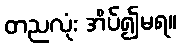
တညလုံး အိပ်၍မရ။